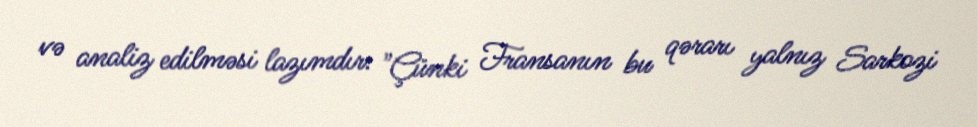
və analiz edilməsi lazımdır: "Çünki Fransanın bu qərarı yalnız Sarkozi